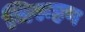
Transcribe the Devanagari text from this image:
निरूहण